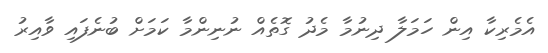
އެމެރިކާ އިން ހަމަލާ ދިނުމާ މެދު ގޮތެއް ނުނިންމާ ކަމަށް ބުނެފައި ވާއިރު